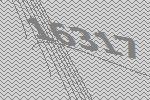
16317